Report on sanitation, dispensaries, and jails in Rajputana for 1918, and on vaccination for the year 1918-1919 - 1918-1919
Year: 1918
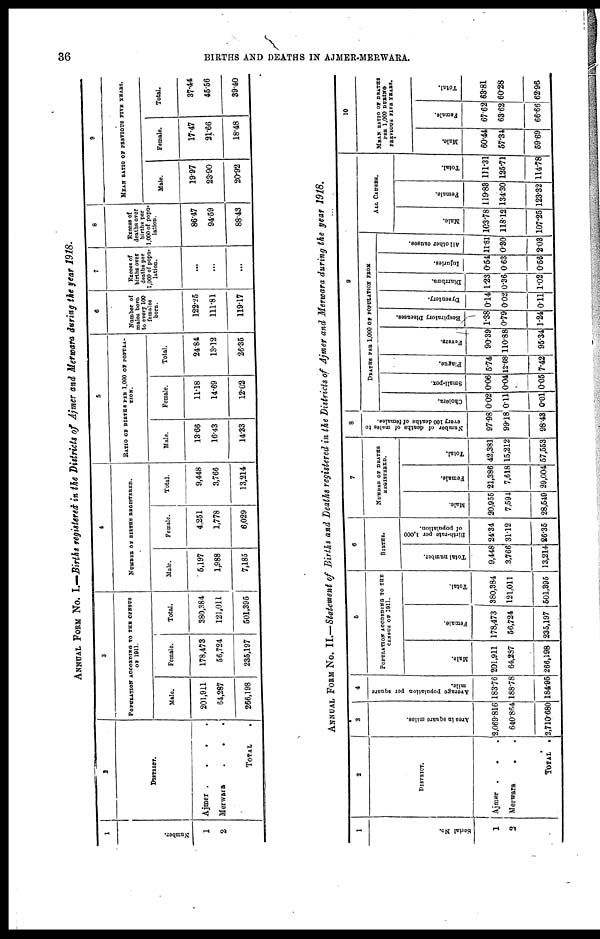
36
BIRTHS AND DEATHS IN AJMER-MERWARA.
ANNUAL FORM No. I.—Births registered in the Districts of Ajmer and Merwara during the year 1918.
1
Number.
1
2
2
DISTRICT.
Ajmer .
.
.
.
Merwara
.
.
.
TOTAL .
3
POPULATION ACCORDING TO THE CENSUS
OF 1911.
Male.
201,911
64,287
266,198
Female
178,473
56,724
235,197
Total.
380,384
121,011
501,395
4
NUMBER OF BIRTHS REGISTERED.
Male.
5,197
1,988
7,185
Female.
4,251
1,778
6,029
Total.
9,448
3,766
13,214
5
RATIO OF BIRTHS PER 1,000 OF POPULA-
TION.
Male.
13.66
16.43
14.33
Female.
11.18
14.69
12.02
Total.
24.84
13.12
26.35
6
Number of
males born
to every 100
females
born.
122.25
111.81
119.17
7
Excess of
births over
deaths per
1,000 of popu-
lation.
...
...
...
8
Excess of
deaths over
births per
1,000 of popu-
lation.
86.47
94.59
88.43
9
MEAN RATIO OF PREVIOUS FIVE YEARS.
Male.
19.97
23.90
20.92
Female.
17.47
21.66
18.48
Total.
37.44
45.56
39.40
ANNUAL FORM No. II.—Statement of Births and Deaths registered in the Districts of Ajmer and Merwara during the year 1918.
1
Serial No.
1
2
2
DISTRICT.
Ajmer . . .
Merwara
. .
TOTAL .
3
Area in square miles.
2,069.816
640.864
2,710.680
4
Average population per square
mile.
183.76
188.78
184.95
5
POPULATION ACCORDING TO THE
CENSUS OF 1911.
Male.
201,911
64,287
266,198
Female.
178,473
56,724
235,197
Total.
380,384
121,011
501,395
6
BIRTHS.
Total number.
9,448
3,766
13,214
Birth-rate per 1,000
of population.
24.34
31.12
26.35
7
NUMBER OF DEATHS
REGISTERED.
Male.
20,955
7,594
28,549
Female.
21,386
7,618
29,004
Total.
42,381
15,212
57,553
8
Number of deaths of males to
every 100 deaths of females.
97.98
99.18
98.43
9
D E A T H S PER 1,000 OF P
O P
U L A T I
O N F R O M
Cholera.
0.02
0.11
0.01
Small-pox.
0.06
0.04
0.05
Plague.
5.74
12.68
7.42
Fevers.
90.39
110.88
95.34
Respiratory Diseases.
1.38
0.79
1.24
Dysentery.
0.14
0.02
0.11
Diarrhæa.
1.23
0.36
1.02
Injuries.
0.54
0.63
0.56
All other causes.
11.81
0.30
2.03
ALL CAUSES.
Male.
103.78
118.12
107.25
Female.
119.83
134.30,
123.32
Total.
111.31
125.71
114.78
10
MEAN RATIO OF DEATHS
PER 1,000 DURING
PREVIOUS FIVE YEARS.
Male.
60.44
57.34
59.69
Female.
67.62
63.62
66.66
Total.
63.81
60.28
62.96